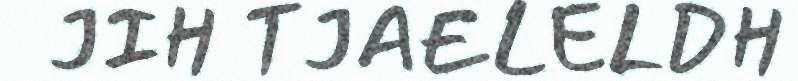
JIH TJAELELDH